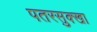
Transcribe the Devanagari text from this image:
पतरसुक्खा